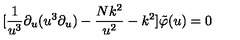
[ \frac { 1 } { u ^ { 3 } } \partial _ { u } ( u ^ { 3 } \partial _ { u } ) - \frac { N k ^ { 2 } } { u ^ { 2 } } - k ^ { 2 } ] \tilde { \varphi } ( u ) = 0